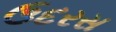
ઉદરસ